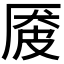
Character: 𪠏